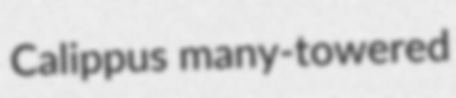
Calippus many-towered